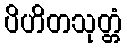
ပိဟိတသုတ္တံ